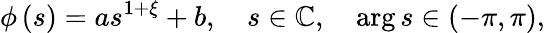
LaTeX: \phi\left(s\right)=as^{1+\xi}+b,\quad s\in\mathbb{C},\quad\arg s\in\left(-\pi,\pi\right),